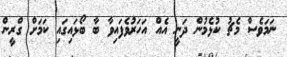
ނަމަވެސް މެޗު ކުޅެމުން ދަނީ އެއް އަހަރުވެފައިވާ ބާ ބޯޅައިގައި ކަމަށް ގްރީން